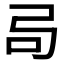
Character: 𫸧